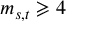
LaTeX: m _ { s , t } \geqslant 4